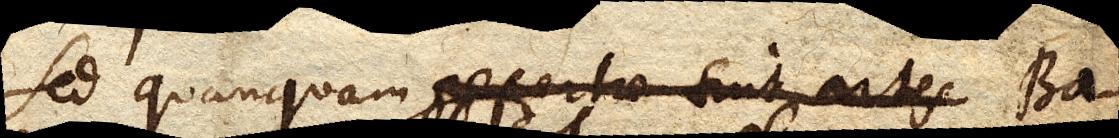
Sed quanquam refertae sint artes Ba–